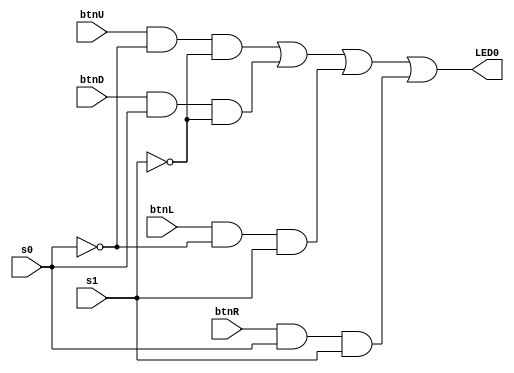
`timescale 1ns / 1ps

module mux(
    input btnU,
    input btnD,
    input btnL,
    input btnR,
    input s0,
    input s1,
    output LED0
    );
    
    //structural
    wire s0not;
    wire s1not;
    wire o1;
    wire o2;
    wire o3;
    wire o4;
    not n0(s0not, s0);
    not n1(s1not, s1);
    and g0(o1, btnU, s0not, s1not);
    and g1(o2, btnD, s0, s1not);
    and g2(o3, btnL, s0not, s1);
    and g3(o4, btnR, s0, s1);
    or g4(LED0, o1, o2, o3, o4);
    
    //dataflow
//    assign LED0 = (btnU & ~s0 & ~s1) |
//               (btnD & ~s0 & s1) | 
//               (btnL & s0 & ~s1) | 
//               (btnR & s0 & s1);    
    
//    //behavioral
//    reg LED0_buf=0; //  4x1 Mux without Enable Bit
//    assign LED0 = LED0_buf;       
//    always @(*)             
//    begin                   
//        case({s1, s0})          
//        2'b00: LED0_buf=btnU;
//        2'b01: LED0_buf=btnD;
//        2'b10: LED0_buf=btnL;
//        2'b11: LED0_buf=btnR;
//        default: LED0_buf = 0;
//        endcase
//    end 
    
endmodule